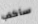
سأكذب